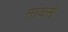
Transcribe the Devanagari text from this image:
मांअसे